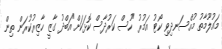
މައުލޫމާތު މުއްސަނދިވި ކޯޓު އަމުރު "ހުސް ކަރުދާސް ކޮޅަކަށް"އަބްދު ގާޒީ ހާޒިރުކުރަން ތިން